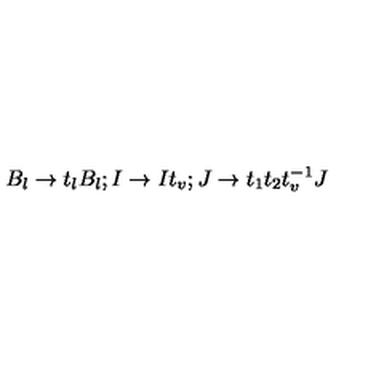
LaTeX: B _ { l } \rightarrow t _ { l } B _ { l } ; I \rightarrow I t _ { v } ; J \rightarrow t _ { 1 } t _ { 2 } t _ { v } ^ { - 1 } J